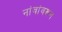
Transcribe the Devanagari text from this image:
नांवांवरून